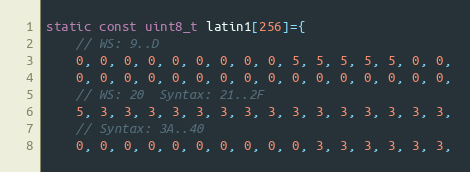
Language: C++
static const uint8_t latin1[256]={
    // WS: 9..D
    0, 0, 0, 0, 0, 0, 0, 0, 0, 5, 5, 5, 5, 5, 0, 0,
    0, 0, 0, 0, 0, 0, 0, 0, 0, 0, 0, 0, 0, 0, 0, 0,
    // WS: 20  Syntax: 21..2F
    5, 3, 3, 3, 3, 3, 3, 3, 3, 3, 3, 3, 3, 3, 3, 3,
    // Syntax: 3A..40
    0, 0, 0, 0, 0, 0, 0, 0, 0, 0, 3, 3, 3, 3, 3, 3,